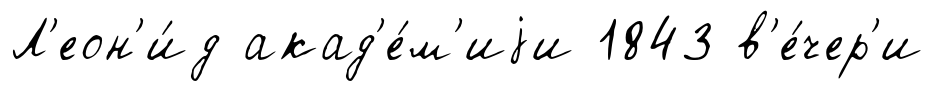
Л'еон'и́д акад'е́м'иjи 1843 в'е́чер'и